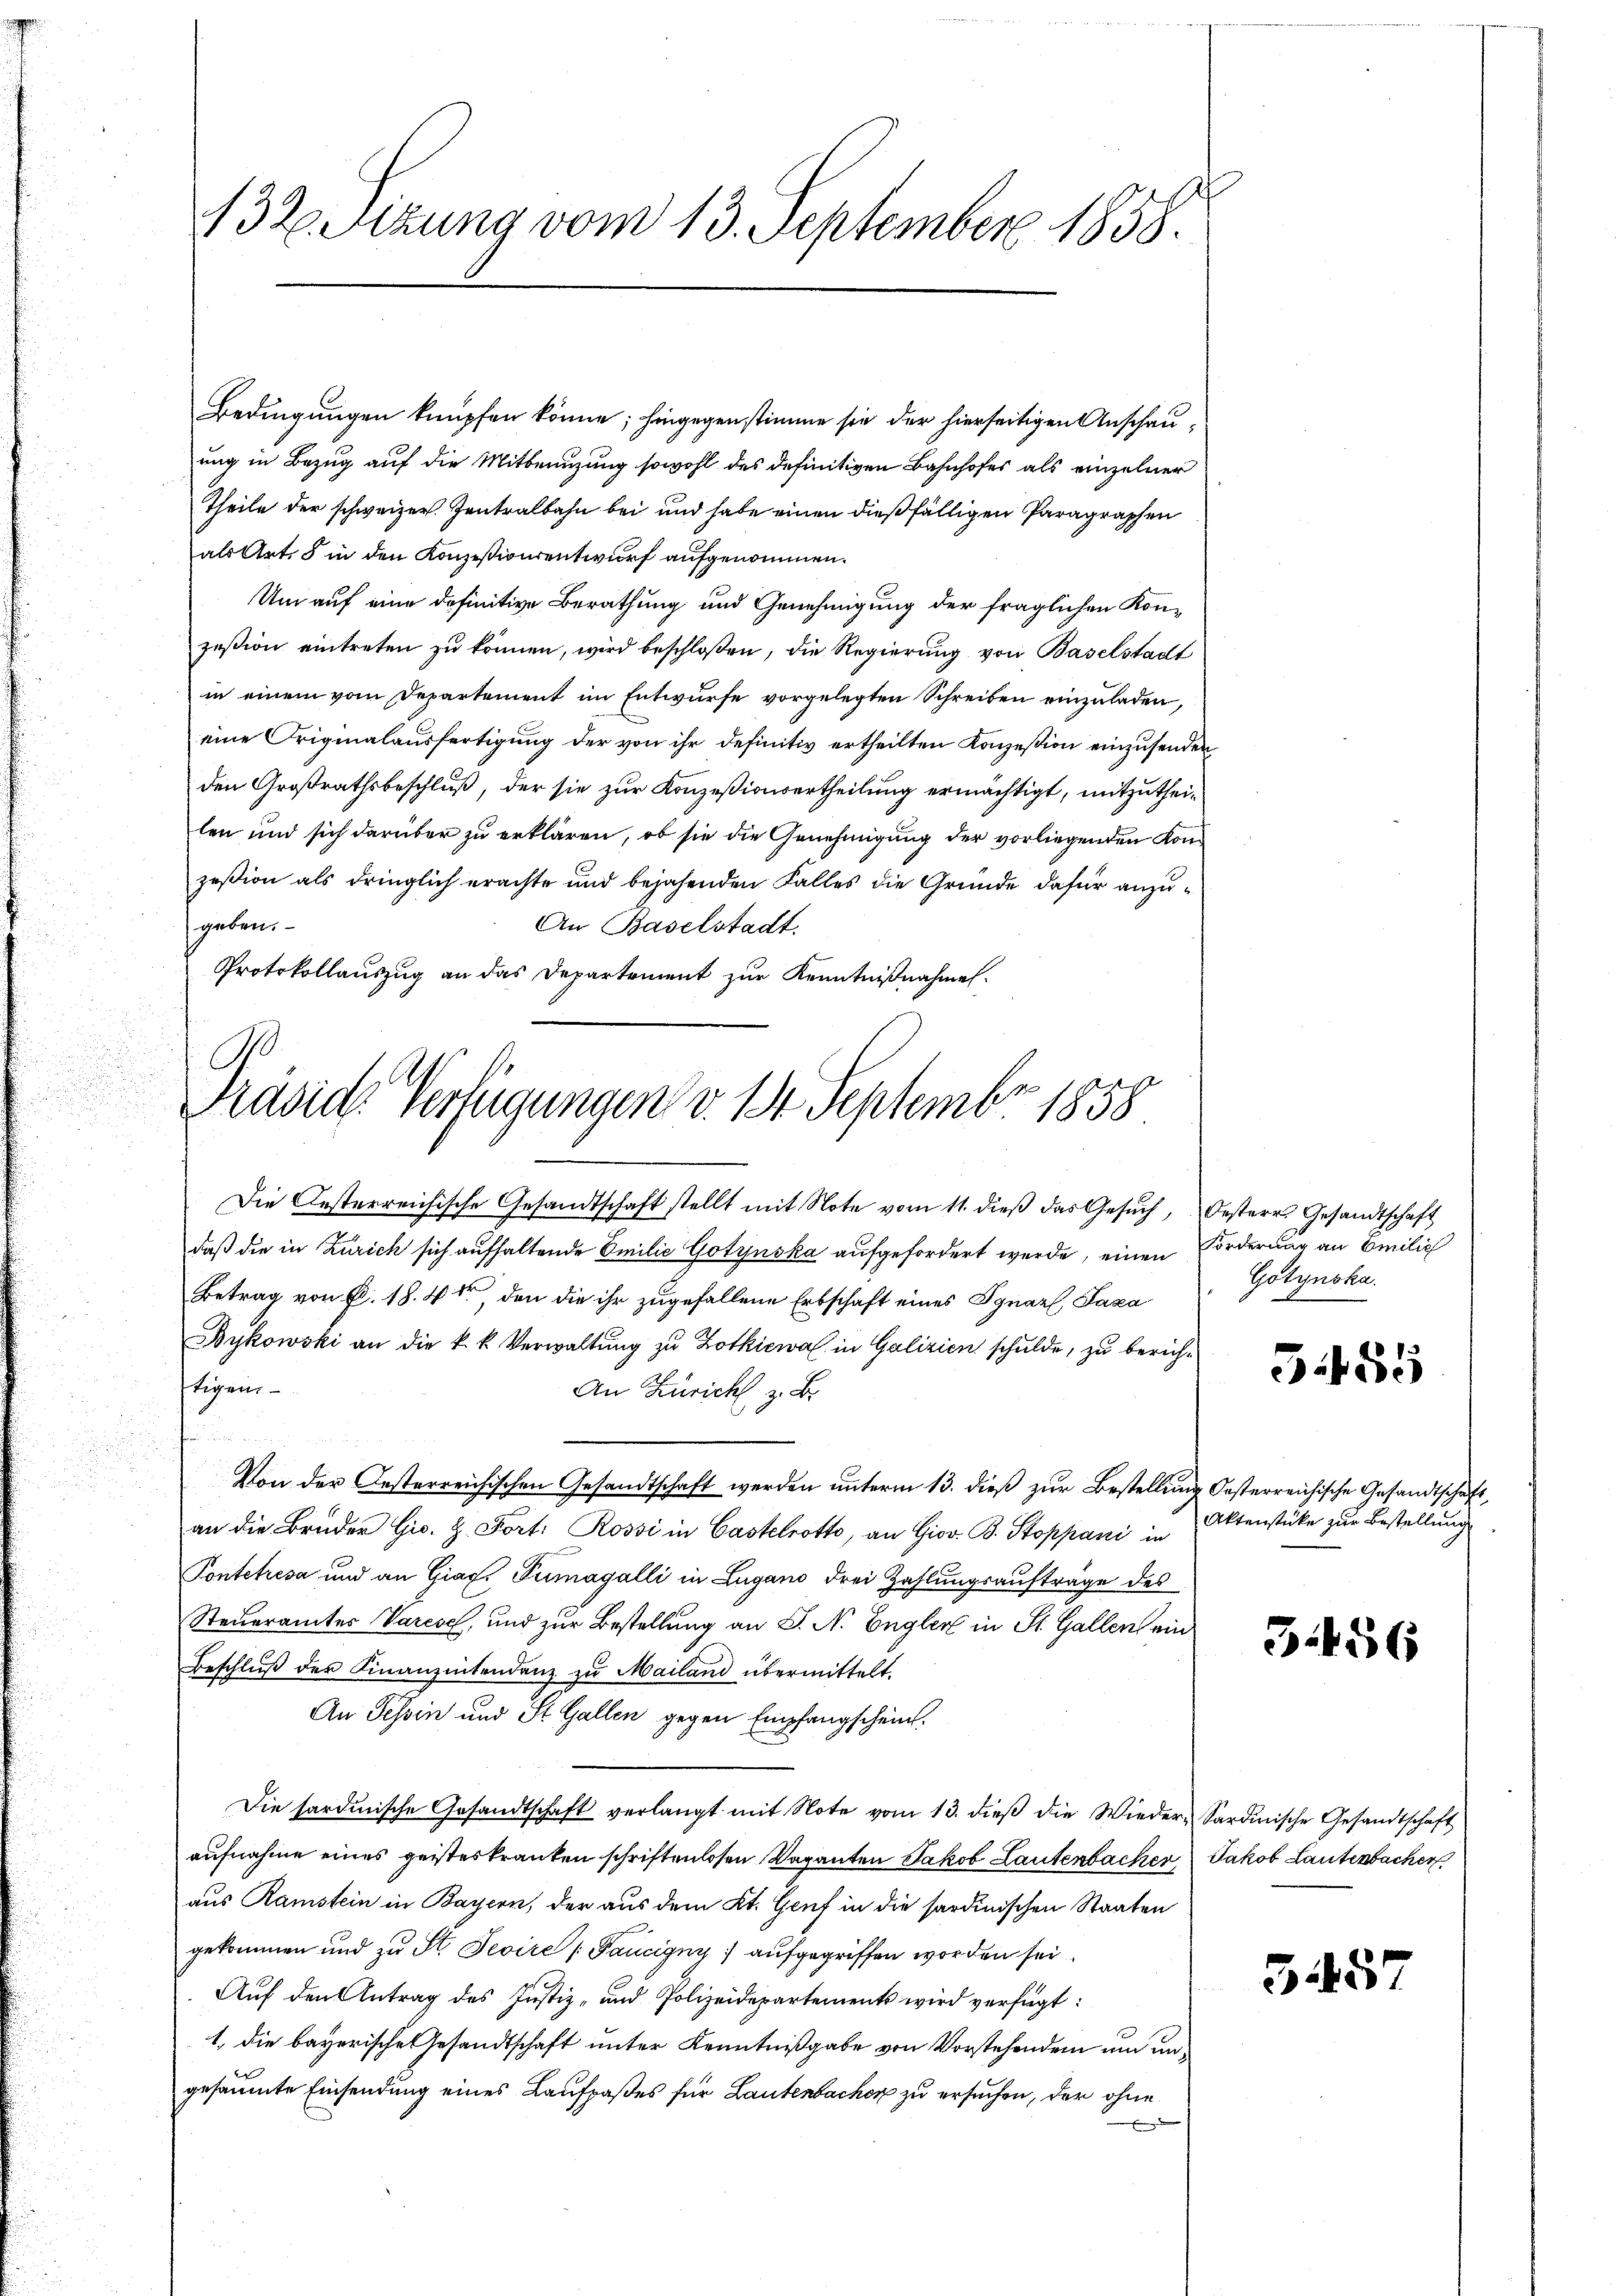
132. Sizung vom 13. September 1858.

Bedingungen knüpfen könne; hingegenstimme sie der hierseitigen Anschauung in Bezug auf die Mitbenuzung sowohl des definitiven Bahnhofes als einzelner
Theile der schweizer. Zentralbahn bei und habe einen dießfälligen Paragraphen
als Art. 5 in den Konzesionsentwurf aufgenommen.
Um auf eine definitive Berathung und Genehmigung der fraglichen Konzesion eintreten zu können, wird beschloßen, die Regierung von Baselstadt
in einem vom Departement im Entwurfe vorgelegten Schreiben einzuladen,
eine Originalausfertigung der von ihr definitiv ertheilten Konzession einzusenden
den Großrathsbeschluß, der sie zur Konzesionsertheilung ermächtigt, mitzutheilen und sich darüber zu erklären, ob sie die Genehmigung der vorliegenden Komzeßion als dringlich erachte und bejahenden Falles die Gründe dafür anzugeben.
An Baselstadt.
Protokollauszug an das Departement zur Kenntnißnahme
.
e

Präsid. Vertigungen v. 18 Septemb. 1858.
Die Oesterreichische Gesandtschaft stellt mit Note vom 11. dieβ das Gesŭch, Oesterr. Gesandtschaft

daß die in Zürich sich aufhaltende Emilie Gotynska aufgefordert werde, einen Forderung an Emilie
Betrag von P. 18. 41 den die ihr zugefallene Erbschaft eines Ignazl, Taxa
Bykowski an die k. k. Verwaltung zu Zotkiewa in Galizien schulde, zu berichftigen
An Zürich z. B.
 xx
Von der Oesterreichischen Gesandtschaft werden ŭnterm 13. dieβ zŭr Bestellung Oesterreichische Gesandtschaft,
an die Brüder Gis. Z. Fort: Rossi in Castelrotto, an Giov. B. Stoppani in
Pontetresa und an Gias. Tumagalli in Lugano drei Zahlungsaufträge des
Steueramtes Varese, und zur Bestellung an S. N. Engler in St. Gallen ein
Beschlŭβ der Finanzentendenz zu Mailand übermittelt.
An Tessin und St. Gallen gegen Empfangscheint.
Die sardinische Gesandtschaft verlangt mit Note vom 13. dieβ die Wieder-Sardinische Gesandtschaft
aufnahme eines geisteskranken schriftenlosen Vaganten Jakob Lautenbacher Jakob Lautenbacher
aus Ramstein in Bayern, der aus dem Kt. Genf in die sardinischen Staaten
gekommen und zu St. Jevire (Taucigny aufgegriffen worden sei.
Auf den Antrag des Justiz- und Polizeidepartements wird verfügt:
1, die bayerische Gesandtschaft unter Kenntnißgabe von Vorstehenden und ungesäumte Einsendung eines Laufpaßes für Lautenbacher zu ersuchen, der ohne
E

Gotynska

585

Aktenstücke zur Bestellung.

31456

3457